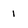
Character: 1